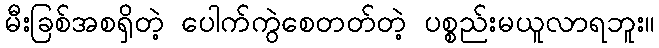
မီးခြစ်အစရှိတဲ့ ပေါက်ကွဲစေတတ်တဲ့ ပစ္စည်းမယူလာရဘူး။